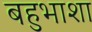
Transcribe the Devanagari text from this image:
बहुभाशा